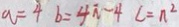
a = 4 b = 4 \pi - 4 c = \pi ^ { 2 }